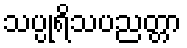
သပ္ပုရိသပညတ္တာ